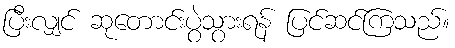
ပြီးလျှင် ဆုတောင်းပွဲသွားရန် ပြင်ဆင်ကြသည်။